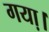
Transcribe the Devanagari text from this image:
गया़।